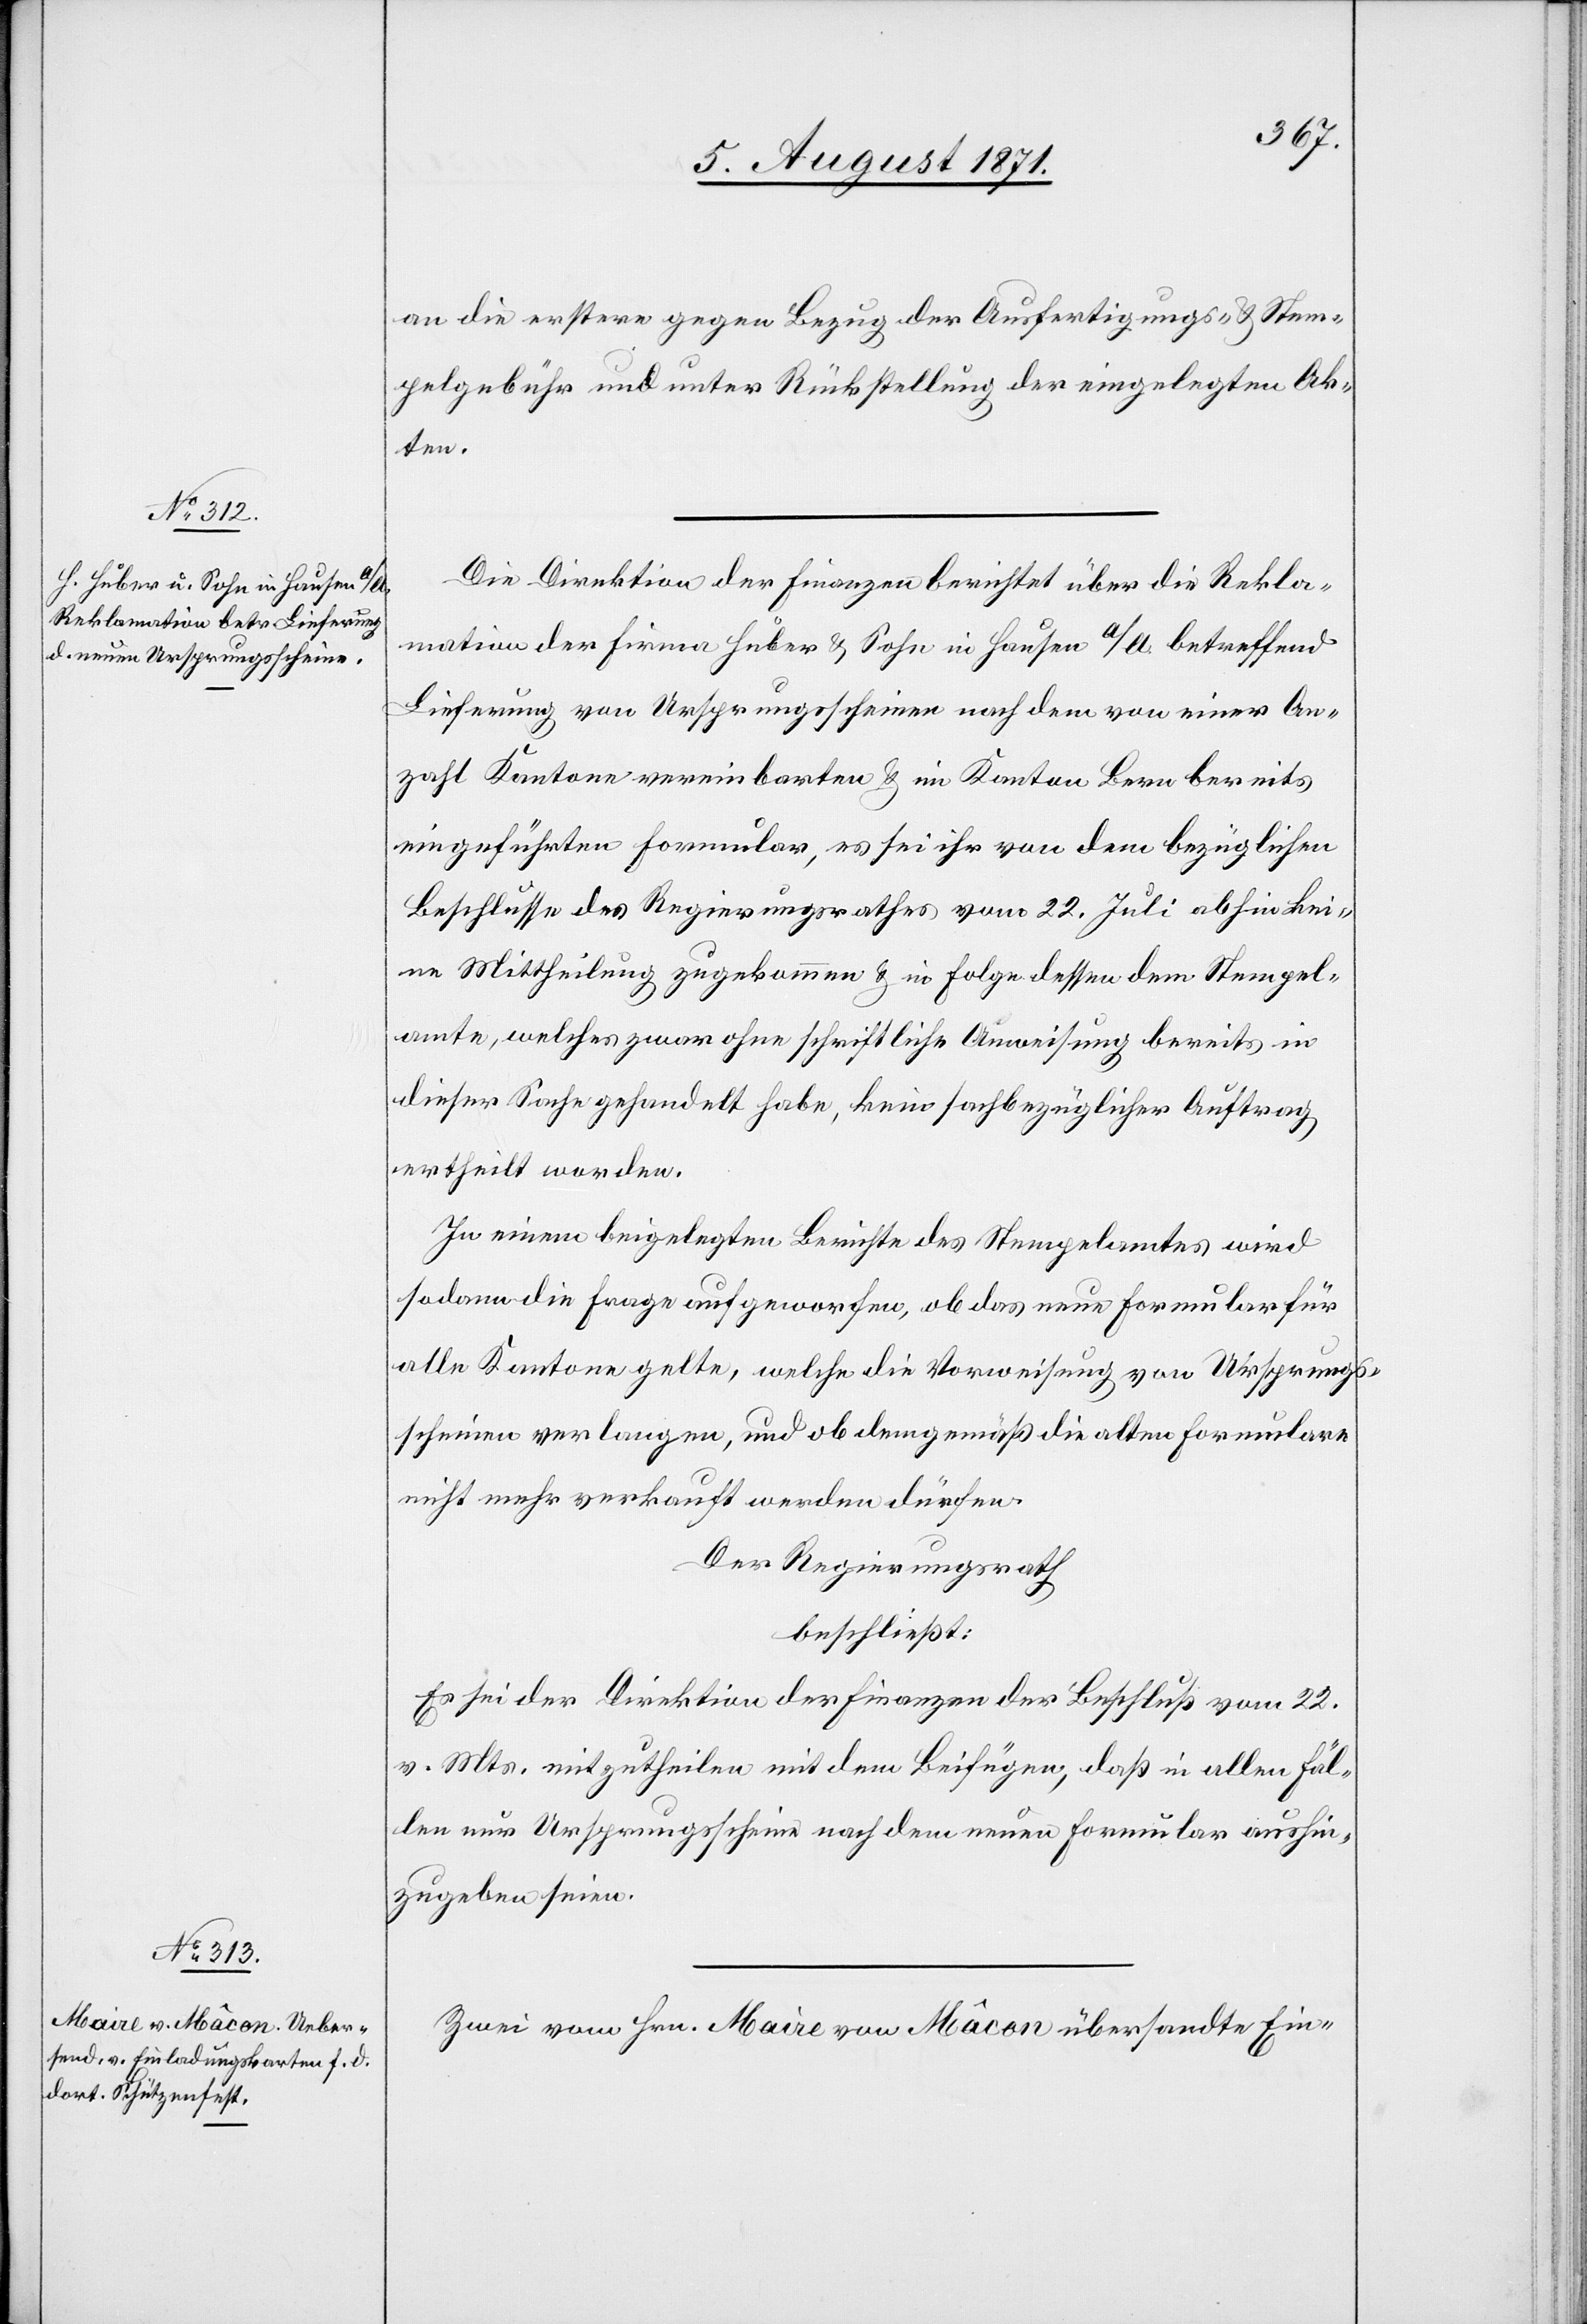
an die erstere gegen Bezug der Ausfertigungs- u. Stem¬
pelgebühr und unter Rückstellung der eingelegten Ak¬
ten.
Zwei von Hrn. Maire von Mâcon übersandte Ein-